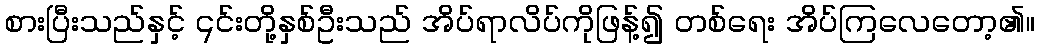
စားပြီးသည်နှင့် ၎င်းတို့နှစ်ဦးသည် အိပ်ရာလိပ်ကိုဖြန့်၍ တစ်ရေး အိပ်ကြလေတော့၏။